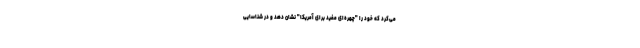
می‌کرد که خود را "چهره‌ای مفید برای آمریکا" نشان دهد و در شناسایی